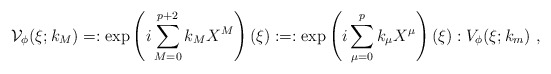
\begin{align*}\mathcal{V}_{\phi}(\xi;k_{M})=:\exp\left( i\sum_{M=0}^{p+2}k_{M}X^{M}\right)(\xi): =:\exp\left( i\sum_{\mu=0}^{p}k_{\mu}X^{\mu}\right)(\xi): V_{\phi}(\xi;k_{m})~, \end{align*}